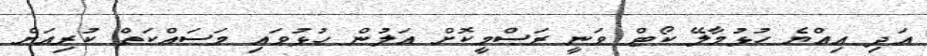
އަދި އިއްޔެ ހުޅުމާލޭ ކޯޓް ވަނީ ރަސްމީކޮށް އަލުން ހުޅުވައި މަސައްކަތް ކުރިއަށް